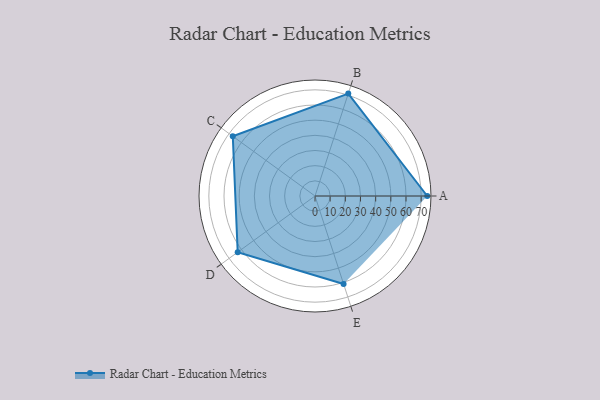
{"axis": {"x": "Skill", "y": "Score"}, "legend": ["Profile"], "data": [{"x": "A", "y": 74.0, "type": "Profile"}, {"x": "B", "y": 71.0, "type": "Profile"}, {"x": "C", "y": 67.0, "type": "Profile"}, {"x": "D", "y": 63.0, "type": "Profile"}, {"x": "E", "y": 61.0, "type": "Profile"}]}